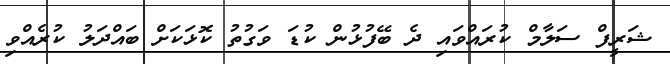
ޝަރީފް ސަލާމް ކުރައްވައި ދެ ބޭފުޅުން ކުޑަ ވަގުތު ކޮޅަކަށް ބައްދަލު ކުރެއްވި